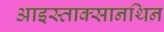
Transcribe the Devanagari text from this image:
आइस्ताक्सानथिन